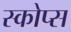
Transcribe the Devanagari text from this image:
स्कोप्स